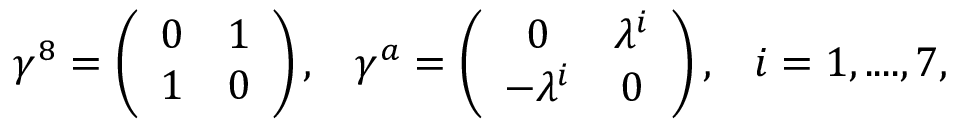
\gamma ^ { 8 } = \left( \begin{array} { c c } { { 0 } } & { { 1 } } \\ { { 1 } } & { { 0 } } \end{array} \right) , \; \; \; \gamma ^ { a } = \left( \begin{array} { c c } { { 0 } } & { { \lambda ^ { i } } } \\ { { - \lambda ^ { i } } } & { { 0 } } \end{array} \right) , \; \; \; i = 1 , . . . . , 7 ,